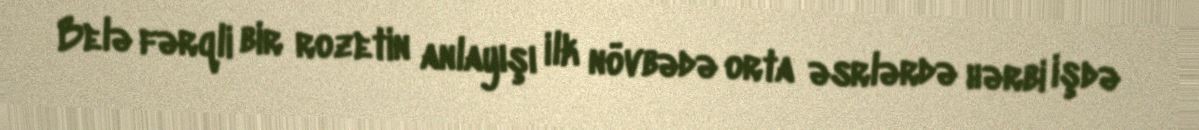
Belə fərqli bir rozetin anlayışı ilk növbədə orta əsrlərdə hərbi işdə